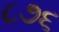
૮૭૬